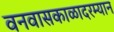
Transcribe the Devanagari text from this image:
वनवासकाळादरम्यान